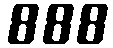
888